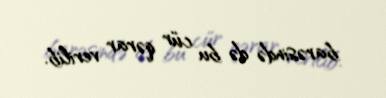
barəsində də bu cür qərar verilib.